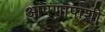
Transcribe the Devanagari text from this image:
आपणापाशी